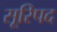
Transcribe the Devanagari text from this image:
सूरिपद